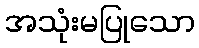
အသုံးမပြုသော